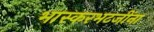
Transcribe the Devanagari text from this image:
भास्करभटजींना